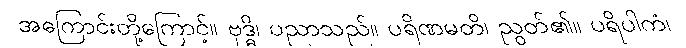
အကြောင်းတို့ကြောင့်။ ဗုဒ္ဓိ၊ ပညာသည်။ ပရိဏမတိ၊ ညွတ်၏။ ပရိပါကံ၊